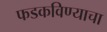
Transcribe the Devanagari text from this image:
फडकविण्याचा